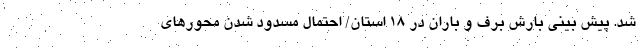
شد. پیش بینی بارش برف و باران در ۱۸ استان/ احتمال مسدود شدن محورهای